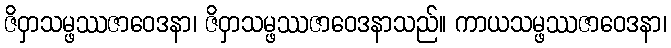
ဇိဝှာသမ္ဖဿဇာဝေဒနာ၊ ဇိဝှာသမ္ဖဿဇာဝေဒနာသည်။ ကာယသမ္ဖဿဇာဝေဒနာ၊